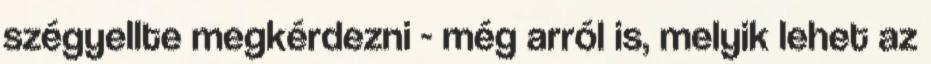
szégyellte megkérdezni - még arról is, melyik lehet az